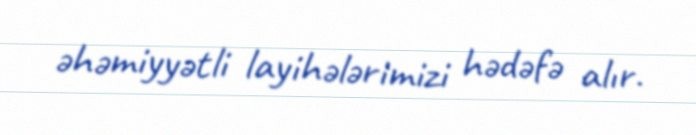
əhəmiyyətli layihələrimizi hədəfə alır.